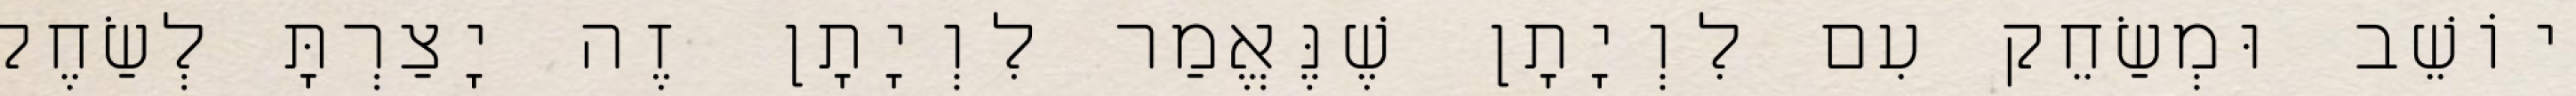
יוֹשֵׁב וּמְשַׂחֵק עִם לִוְיָתָן שֶׁנֶּאֱמַר לִוְיָתָן זֶה יָצַרְתָּ לְשַׂחֶק